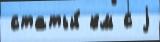
статьи́ км с j